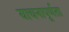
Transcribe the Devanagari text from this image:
याचनापूर्णता